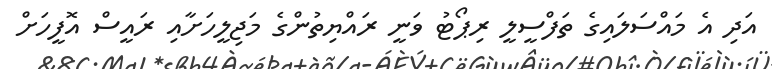
އަދި އެ މައްސަލައިގެ ތަފްސީލީ ރިޕޯޓު ވަނީ ރައްޔިތުންގެ މަޖިލީހަށާއި ރައީސް އޮފީހަށް